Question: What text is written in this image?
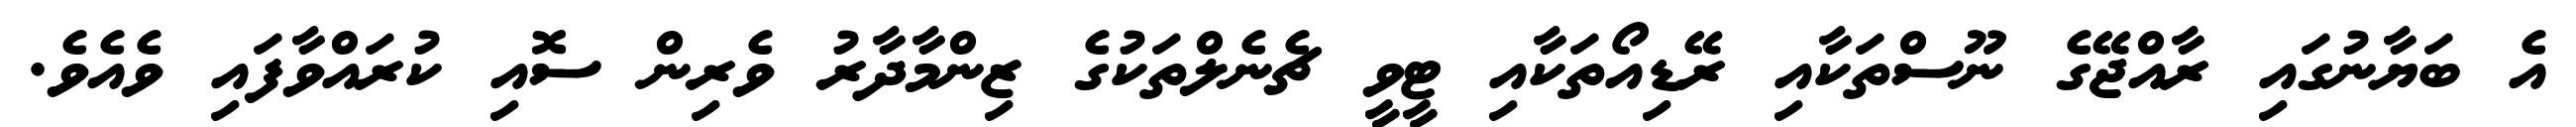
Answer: އެ ބަޔާނުގައި ރާއްޖޭގެ ނޫސްތަކާއި ރޭޑިއޯތަކާއި ޓީވީ ޗެނެލްތަކުގެ ޒިންމާދާރު ވެރިން ސޮއި ކުރައްވާފައި ވެއެވެ.